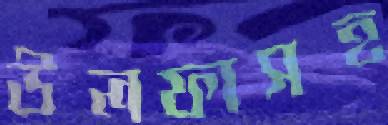
উলফাসহ